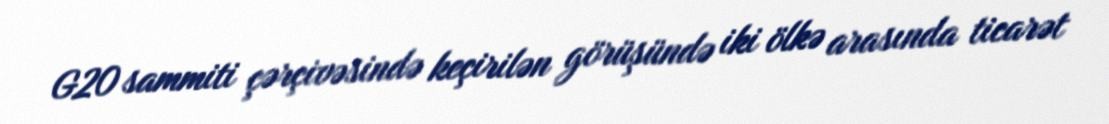
G20 sammiti çərçivəsində keçirilən görüşündə iki ölkə arasında ticarət